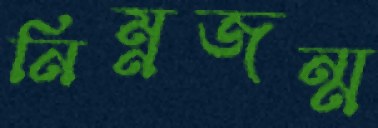
নিম্নজন্ম